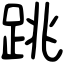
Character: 跳